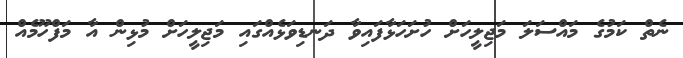
ނެތް ކަމުގެ މައްސަލަ މަޖިލީހަށް ހުށަހަޅާފައިވާ ދަނޑިވަޅެއްގައި މަޖިލީހަށް މުޅިން އާ މަފްހޫމެއް